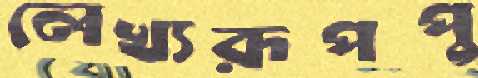
লেখ্যরূপপু